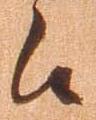
候